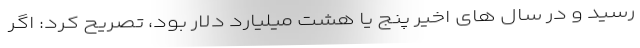
رسید و در سال های اخیر پنج یا هشت میلیارد دلار بود، تصریح کرد:‌ اگر